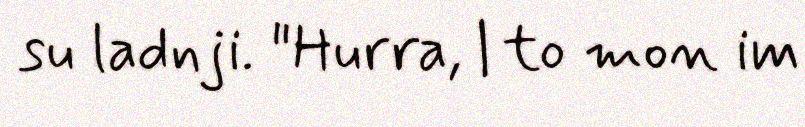
su ladnji. "Hurra, | to mon im